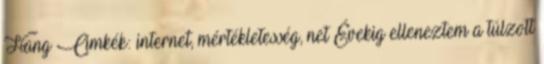
Hang Cimkék: internet, mértékletesség, net Évekig elleneztem a túlzott